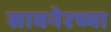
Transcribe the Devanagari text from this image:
सावनेरच्या